Vaccination North-Western Provinces and Oudh 1878-1895 - 1878-1895
Year: 1878
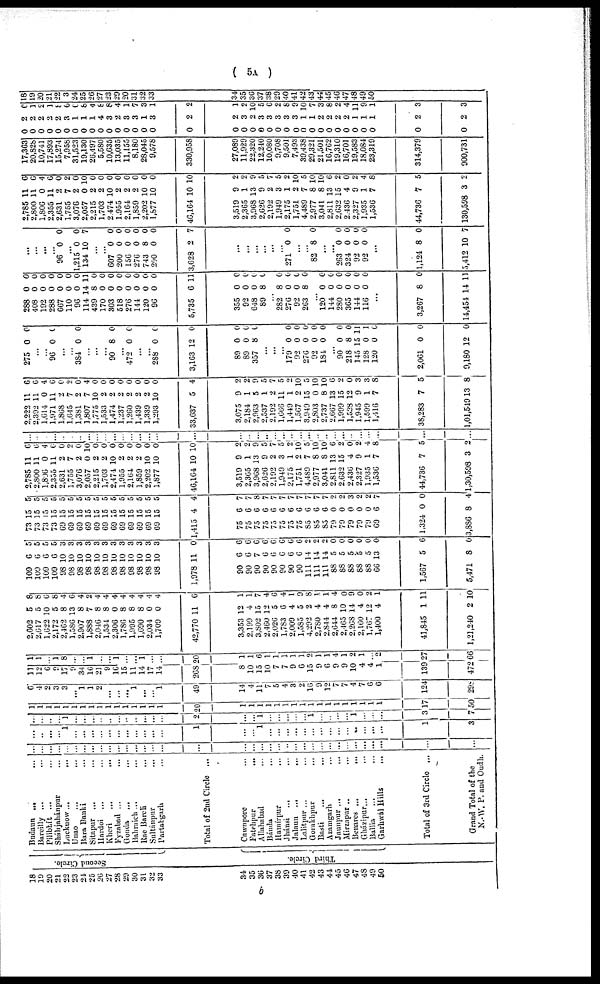
( 5A )
18
10
20
21
22
23
24
25
26
27
28
29
30
31
32
33
34
35
36
37
38
39
40
41
42
43
44
45
46
47
48
49
50
Second Circle.
Third Circle.
Budaun ... ...
Bareilly ... ...
Pilibhít ... ...
Sháhjahánpur ...
Lucknow ... ...
Unao ... ...
Bara Banki ...
Sitapur ... ...
Hardoi ... ...
Kheri
...
...
Fyzabad ... ...
Gonda
... ...
Babraich ... ...
Rae Bareli ...
Sultánpur ...
Partabgarh ...
Total of 2nd Circle ...
Cawnpore ...
Fatehpur
...
Allahabad ...
Bánda ...
Hamírpur ...
Jhánsi ... ...
Jalaun ... ...
Lalitpur ... ...
Gorakhpur ...
Basti ... ...
Azamgarh ...
Jaunpur ... ...
Mirzapur .. ...
Benares ...
...
Gházipur ... ...
Ballia
... ...
Garhwál Hills ...
Total of 3rd Circle ...
Grand Total of the
N.-W. P. and Oudh.
...
...
...
...
...
...
...
...
...
...
...
...
...
...
...
...
...
...
...
...
...
...
...
...
...
...
...
...
...
...
...
...
...
...
...
...
...
...
...
...
1
...
...
...
...
...
...
...
...
...
...
...
1
...
...
1
...
...
...
...
...
...
...
...
...
...
...
...
...
...
1
3
...
...
...
...
1
...
...
...
...
...
...
...
...
...
...
...
2
...
...
1
...
...
...
...
...
1
...
...
...
...
1
...
...
...
3
7
1
1
1
1
1
1
1
1
1
1
1
1
1
1
1
1
20
1
1
1
1
1
1
1
1
1
1
1
1
1
1
1
1
1
17
50
6
4
2
3
3
...
1
1
2
...
...
...
1
...
...
1
49
14
4
11
7
5
4
3
2
16
9
12
7
7
4
7
6
6
124
298
11
12
6
9
17
9
34
16
21
9
16
15
11
14
17
14
268
8
10
15
10
7
7
9
6
15
9
6
9
9
10
4
4
1
139
472
1
1
...
1
8
...
...
1
...
...
1
...
...
1
...
...
20
1
1
6
1
1
1
1
1
2
1
1
4
1
2
1
...
2
27
66
2,602
2,617
1,622
2,172
2,462
1,586
2,907
1,888
2,046
1,534
2,306
1,786
1,995
1,690
2,034
1,709
42,770
3,353
2,199
3,802
2,460
2,026
1,783
2,009
1,585
4,292
2,780
2,844
2,644
2,465
2,268
2,160
1,767
1,400
41,845
1,21,240
5
5
10
5
8
13
8
7
8
8
0
8
8
8
0
0
11
12
4
15
12
5
6
4
5
2
4
4
8
10
14
4
12
4
1
2
8
8
6
8
4
6
4
2
4
4
4
4
4
4
4
4
6
1
1
7
4
6
4
1
9
8
1
1
4
0
9
0
2
1
11
10
109
109
109
109
98
98
98
98
98
98
98
98
98
98
98
98
1,978
90
90
90
90
90
90
90
90
111
111
111
88
88
88
88
88
66
1,567
5,471
6
6
6
6
10
10
10
10
10
10
10
10
10
10
10
10
11
6
6
7
6
6
6
6
6
14
14
14
5
5
5
5
5
13
5
8
5
5
5
5
3
3
3
3
3
3
3
3
3
3
3
3
0
6
6
6
6
6
6
6
6
2
2
2
0
0
0
0
0
0
6
0
73
73
73
73
69
69
69
69
69
69
69
69
69
69
69
69
1,415
75
75
75
75
75
75
75
75
85
85
83
79
79
79
79
79
69
1,324
3,886
15
15
15
15
15
15
15
15
15
15
15
15
15
15
15
15
4
6
6
6
6
6
6
6
6
6
6
6
0
0
0
0
0
6
0
8
5
5
5
5
5
5
5
5
5
5
5
5
5
5
5
5
4
7
7
8
7
7
7
7
7
7
7
7
2
2
3
2
2
7
0
4
2,785
2,800
1,806
2,355
2,631
1,755
3,076
2,057
2,215
1,703
2,474
1,955
2,164
1,859
2,202
1,877
46,164
3,519
2,365
3,968
2,626
2,192
1,949
2,175
1,751
4,489
2,977
3,041
2,811
2,632
2,436
2,327
1,935
1,536
44,736
1,30,598
11
11
0
11
2
7
2
0
2
2
10
2
2
2
10
10
10
9
1
13
9
2
3
1
2
7
8
8
13
15
4
9
1
7
7
3
6
6
4
6
0
2
0
10
0
0
0
0
0
0
0
0
10
2
2
9
5
7
5
2
10
5
10
10
6
2
0
2
4
8
5
2
...
...
...
...
...
...
...
...
...
...
...
...
...
...
...
...
...
...
...
...
...
...
...
...
...
...
...
...
...
...
...
...
...
...
...
...
2,222
2,392
1,614
1,971
1,868
1,645
1,381
1,807
1,775
1,533
1,474
1,237
1,260
1,439
1,339
1,293
33,637
3,075
2,184
2,963
2,537
2,192
1,666
1,449
1,567
3,949
2,803
2,737
2,667
1,999
1,528
1,945
1,599
1,416
38,283
1,01,549
11
11
0
11
2
7
2
7
10
2
2
2
2
2
2
10
5
9
1
5
1
2
11
1
2
15
0
8
13
15
12
9
1
7
7
13
6
6
4
6
0
9
0
4
0
0
0
0
0
0
0
0
4
2
2
9
5
7
5
2
10
5
10
10
6
2
0
3
3
8
5
8
275 0 0
...
...
96 0 0
...
...
384 0 0
...
...
...
90 8 0
...
472 0 0
...
...
288
3,163
89
89
357
0
12
0
0
8
0
0
0
0
0
...
...
...
179
92
276
92
184
0
0
0
0
0
0
0
0
0
0
...
90
218
145
128
120
2,061
9,180
0
8
15
0
0
0
12
0
0
11
1
0
0
0
288
408
192
288
667
110
96
114
439
170
303
518
276
144
120
96
5,735
355
92
648
89
0
0
0
0
0
0
0
14
8
0
0
0
0
0
0
0
6
0
0
0
8
0
0
0
0
0
0
0
11
0
0
0
0
0
0
0
0
11
0
0
0
0
...
282
276
92
263
8
0
0
8
0
0
0
0
...
120
144
280
365
144
116
0
0
0
0
0
0
0
0
0
0
0
0
...
3,267
14,454
8
14
0
11
...
...
...
...
96 0 0
...
1,215
134
0
10
0
7
...
...
607
200
156
276
743
200
3,628
0
0
0
0
8
0
2
0
0
0
0
0
0
7
...
...
...
...
...
...
271 0 0
...
...
82 8 0
...
...
263
324
92
92
0
0
0
0
0
0
0
0
...
1,124
5,412
8
10
0
7
2,785
2,800
1,806
2,355
2,631
1,755
3,076
2,057
2,215
1,703
2,474
1,955
2,164
1,859
2,202
1,877
46,164
3,519
2,365
3,968
2,626
2,192
1,949
2,175
1,751
4,489
2,977
3,041
2,811
2,632
2,436
2,327
1,935
1,536
44,736
130,598
11
11
0
11
2
7
2
0
2
2
10
2
2
2
10
10
10
9
1
13
9
2
3
1
2
7
8
8
13
15
4
9
1
7
7
3
6
6
4
6
0
2
0
10
0
0
0
0
0
0
0
0
10
2
2
9
5
7
5
2
10
5
10
10
6
2
0
2
4
8
5
2
17,363
20,828
10,741
17,893
15,274
7,958
31,523
19,130
26,497
5,580
10,635
13,035
11,155
8,180
28,045
9,578
330,958
27,089
11,929
22,320
12,240
10,080
9,708
9,501
7,493
39,438
29,321
21,501
16,762
19,310
16,701
19,583
18,084
23,319
314,379
900,731
0
0
0
0
0
0
0
0
0
0
0
0
0
0
0
0
0
0
0
0
0
0
0
0
0
0
0
0
0
0
0
0
0
0
0
0
2
2
2
2
2
3
1
1
1
4
3
2
3
3
1
3
2
2
3
2
3
3
3
3
3
1
1
2
2
2
2
1
1
1
2
32
6
1
2
1
8
6
0
8
4
8
8
4
1
7
3
1
2
1
2
10
5
6
2
8
9
10
7
3
8
2
4
11
9
1
3
3
18
19
20
21
22
23
24
25
26
27
28
29
20
31
32
33
34
35
36
37
38
29
40
41
42
43
44
45
46
47
48
49
50
b